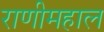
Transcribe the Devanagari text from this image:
राणीमहाल